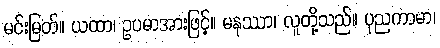
မင်းမြတ်။ ယထာ၊ ဥပမာအားဖြင့်။ မနုဿာ၊ လူတို့သည်။ ပုညကာမာ၊